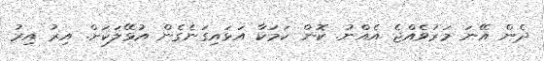
ދެން އޭނަ މަރުވެއްޖެ އެއްނު. ކޮން ކަމަކާ އަޅައިގަނެގެން އުޅޭލަކަށް. އިރު އިރު